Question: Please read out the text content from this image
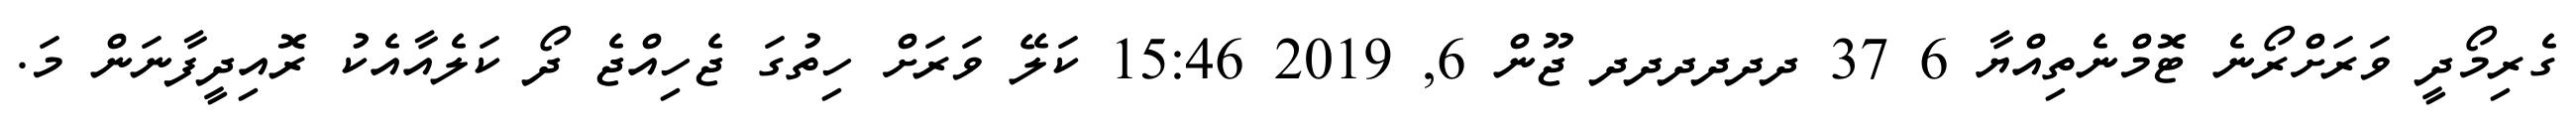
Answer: ގެރިމޯދީ ވަރަށްރޯނެ ޓޮމްނެތިއްޔާ 6 37 ދދދދދދ ޖޫން 6, 2019 15:46 ކަލޭ ވަރަށް ހިތުގަ ޖެހިއްޖެ ދޯ ކަލެއާއެކު ރޮއިދީފާނަން މަ.